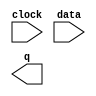
// megafunction wizard: %LPM_FF%VBB%
// GENERATION: STANDARD
// VERSION: WM1.0
// MODULE: lpm_ff 

// ============================================================
// Megafunction Name(s):
// 			lpm_ff
//
// Simulation Library Files(s):
// 			lpm
// ============================================================
// ************************************************************
// THIS IS A WIZARD-GENERATED FILE. DO NOT EDIT THIS FILE!
//
// 9.1 Build 350 03/24/2010 SP 2 SJ Web Edition
// ************************************************************

//Copyright (C) 1991-2010 Altera Corporation
//Your use of Altera Corporation's design tools, logic functions 
//and other software and tools, and its AMPP partner logic 
//functions, and any output files from any of the foregoing 
//(including device programming or simulation files), and any 
//associated documentation or information are expressly subject 
//to the terms and conditions of the Altera Program License 
//Subscription Agreement, Altera MegaCore Function License 
//Agreement, or other applicable license agreement, including, 
//without limitation, that your use is for the sole purpose of 
//programming logic devices manufactured by Altera and sold by 
//Altera or its authorized distributors.  Please refer to the 
//applicable agreement for further details.

module ff1 (
	clock,
	data,
	q);

	input	  clock;
	input	[7:0]  data;
	output	[7:0]  q;

endmodule

// ============================================================
// CNX file retrieval info
// ============================================================
// Retrieval info: PRIVATE: ACLR NUMERIC "0"
// Retrieval info: PRIVATE: ALOAD NUMERIC "0"
// Retrieval info: PRIVATE: ASET NUMERIC "0"
// Retrieval info: PRIVATE: ASET_ALL1 NUMERIC "1"
// Retrieval info: PRIVATE: CLK_EN NUMERIC "0"
// Retrieval info: PRIVATE: DFF NUMERIC "1"
// Retrieval info: PRIVATE: INTENDED_DEVICE_FAMILY STRING "Cyclone IV E"
// Retrieval info: PRIVATE: SCLR NUMERIC "0"
// Retrieval info: PRIVATE: SLOAD NUMERIC "0"
// Retrieval info: PRIVATE: SSET NUMERIC "0"
// Retrieval info: PRIVATE: SSET_ALL1 NUMERIC "1"
// Retrieval info: PRIVATE: SYNTH_WRAPPER_GEN_POSTFIX STRING "0"
// Retrieval info: PRIVATE: UseTFFdataPort NUMERIC "0"
// Retrieval info: PRIVATE: nBit NUMERIC "8"
// Retrieval info: CONSTANT: LPM_FFTYPE STRING "DFF"
// Retrieval info: CONSTANT: LPM_TYPE STRING "LPM_FF"
// Retrieval info: CONSTANT: LPM_WIDTH NUMERIC "8"
// Retrieval info: USED_PORT: clock 0 0 0 0 INPUT NODEFVAL clock
// Retrieval info: USED_PORT: data 0 0 8 0 INPUT NODEFVAL data[7..0]
// Retrieval info: USED_PORT: q 0 0 8 0 OUTPUT NODEFVAL q[7..0]
// Retrieval info: CONNECT: @clock 0 0 0 0 clock 0 0 0 0
// Retrieval info: CONNECT: q 0 0 8 0 @q 0 0 8 0
// Retrieval info: CONNECT: @data 0 0 8 0 data 0 0 8 0
// Retrieval info: LIBRARY: lpm lpm.lpm_components.all
// Retrieval info: GEN_FILE: TYPE_NORMAL ff1.v TRUE
// Retrieval info: GEN_FILE: TYPE_NORMAL ff1.inc FALSE
// Retrieval info: GEN_FILE: TYPE_NORMAL ff1.cmp FALSE
// Retrieval info: GEN_FILE: TYPE_NORMAL ff1.bsf TRUE FALSE
// Retrieval info: GEN_FILE: TYPE_NORMAL ff1_inst.v FALSE
// Retrieval info: GEN_FILE: TYPE_NORMAL ff1_bb.v TRUE
// Retrieval info: LIB_FILE: lpm